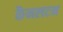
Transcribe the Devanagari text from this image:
कैनलटन